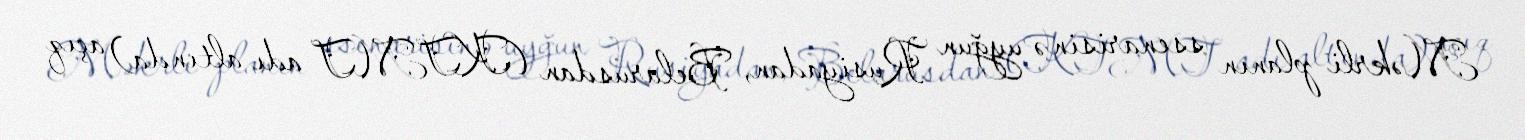
Məkrli planın ssenarisinə uyğun Rusiyadan, Belarusdan (KTMT adı altında) açıq